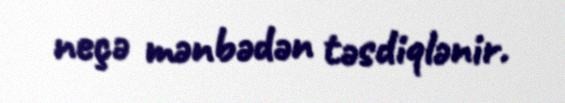
neçə mənbədən təsdiqlənir.